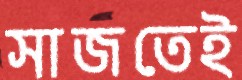
সাজতেই